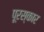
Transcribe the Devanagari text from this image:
पूरस्कार